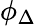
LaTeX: \phi_{\Delta}